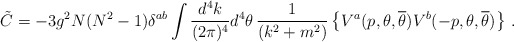
\begin{align*}\tilde{C} = -3 g^{2} N(N^{2}-1) \delta^{ab}\int \frac{d^{4}k}{(2\pi)^{4}} d^{4}\theta \, \frac{1}{(k^{2}+m^{2})} \left\{ V^{a}(p,\theta,{\overline\theta}) V^{b}(-p,\theta,{\overline\theta}) \right\} \, .\end{align*}